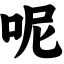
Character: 呢